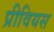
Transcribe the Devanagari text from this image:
प्रीवियस